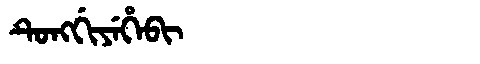
Manchu: ᡨᡠᠩᡤᡳᠶᡝᡥᡝᠪᡳ
Romanization: TUNGGIYEHEBI